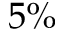
5 \%